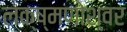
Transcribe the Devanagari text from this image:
लक्ष्मणोश्वर